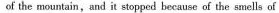
of the mountain,and it stopped because of the smells of